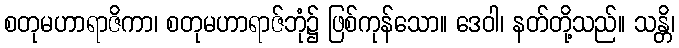
စတုမဟာရာဇိကာ၊ စတုမဟာရာဇ်ဘုံ၌ ဖြစ်ကုန်သော။ ဒေဝါ၊ နတ်တို့သည်။ သန္တိ၊